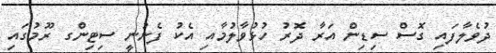
ދުވެލާފައި ގޮސް ސިޑިން އަރާ ދޮރު ހުޅުވާލުމާއި އެކު ފެނުނީ ސިޓިންގ ރޫމުގައި